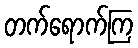
တက်ရောက်ကြ